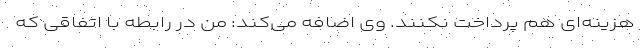
هزینه‌ای هم پرداخت نکنند. وی اضافه می‌کند: من در رابطه با اتفاقی که